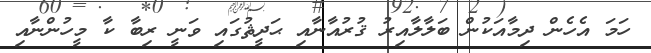
ހަމަ އެހެން ދިމާއަކުން ބަލާލާއިރު ޤުރުއާނާއި ޙަދީޘުގައި ވަނީ ރިބާ ކާ މީހުންނާއި